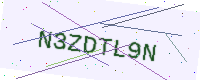
Text: N3ZDTL9N